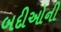
બદીઓની